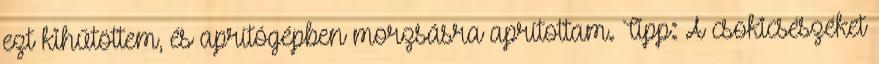
ezt kihűtöttem, és aprítógépben morzsásra aprítottam. Tipp: A csokicsészéket